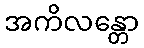
အကိလန္တော